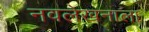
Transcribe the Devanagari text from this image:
नवलेखनाला